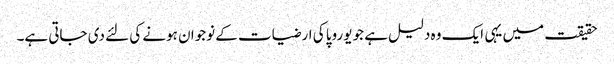
حقیقت میں یہی ایک وہ دلیل ہے جو یوروپا کی ارضیات کے نوجوان ہونے کی لئے دی جاتی ہے۔